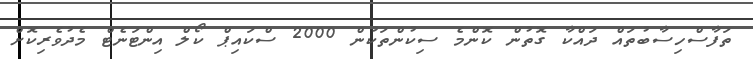
ތަފާސްހިސާބުތައް ދައްކާ ގޮތުން ކޮންމެ ސިކުންތަކުން 2000 ސްކައިޕް ކޯލް އިންޓަނެޓް މެދުވެރިކޮށް